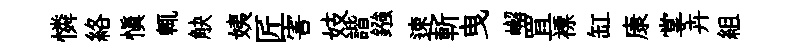
憐絡慎輒觖姨匠害妓諧鏹速斬曳嶰罝褾缸康掌卉組